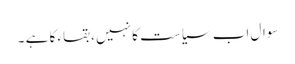
سوال اب سیاست کا نہیں ، بقاء کا ہے ۔